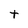
Character: t